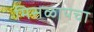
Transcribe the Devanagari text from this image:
मिसळायचा